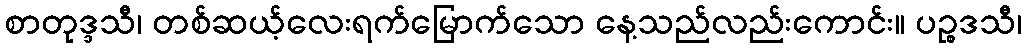
စာတုဒ္ဒသီ၊ တစ်ဆယ့်လေးရက်မြောက်သော နေ့သည်လည်းကောင်း။ ပဉ္စဒသီ၊